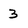
Character: 3